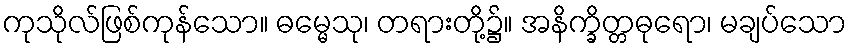
ကုသိုလ်ဖြစ်ကုန်သော။ ဓမ္မေသု၊ တရားတို့၌။ အနိက္ခိတ္တဓုရော၊ မချပ်သော